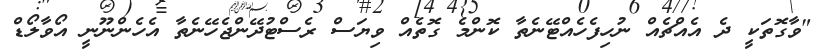
"ވާގޮތަކީ ދެ އެއްޗެއް ނުހިފެހެއްޓޭނެތާ ކޮންމެ ގޮތެއް ވިޔަސް ރެސްޓުދޭންޖެހޭނެތާ އެހެންނޫނީ އޯވާލޯޑް